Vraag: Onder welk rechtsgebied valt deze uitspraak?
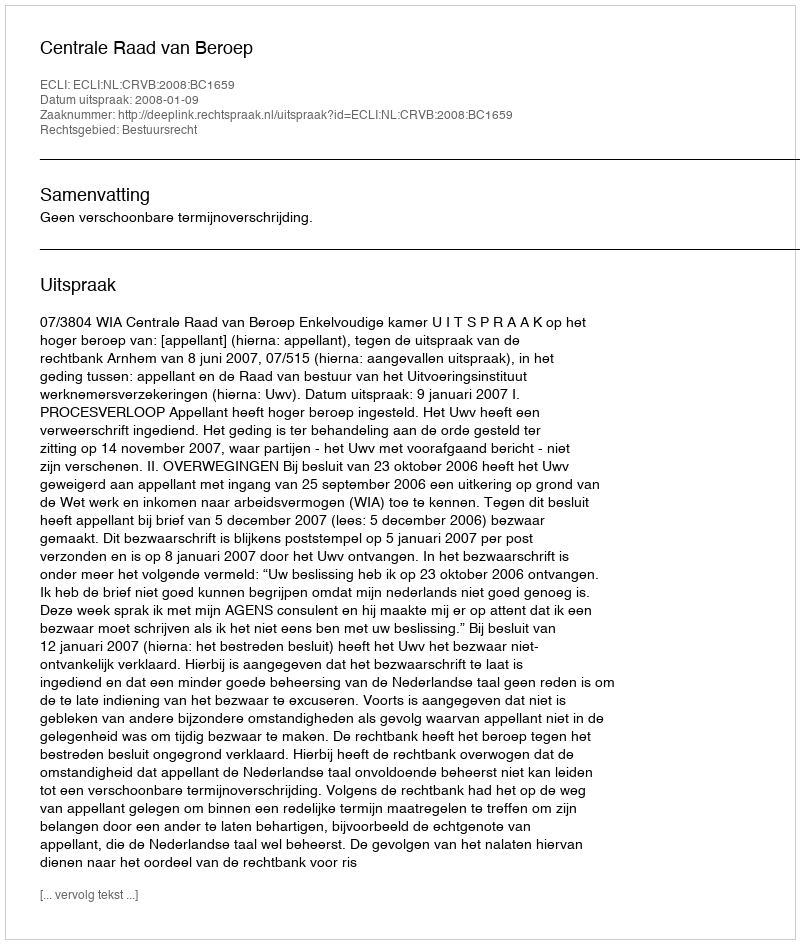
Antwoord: Bestuursrecht